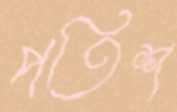
পতিশ